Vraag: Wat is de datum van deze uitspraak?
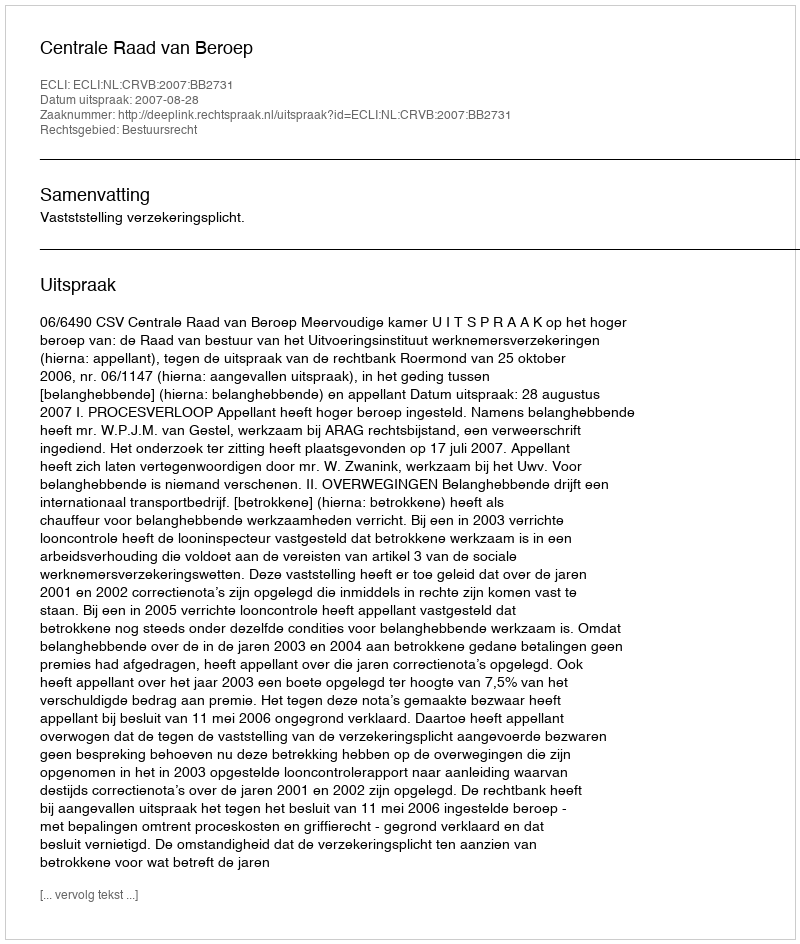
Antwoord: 2007-08-28